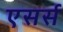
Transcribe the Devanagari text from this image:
एसर्स